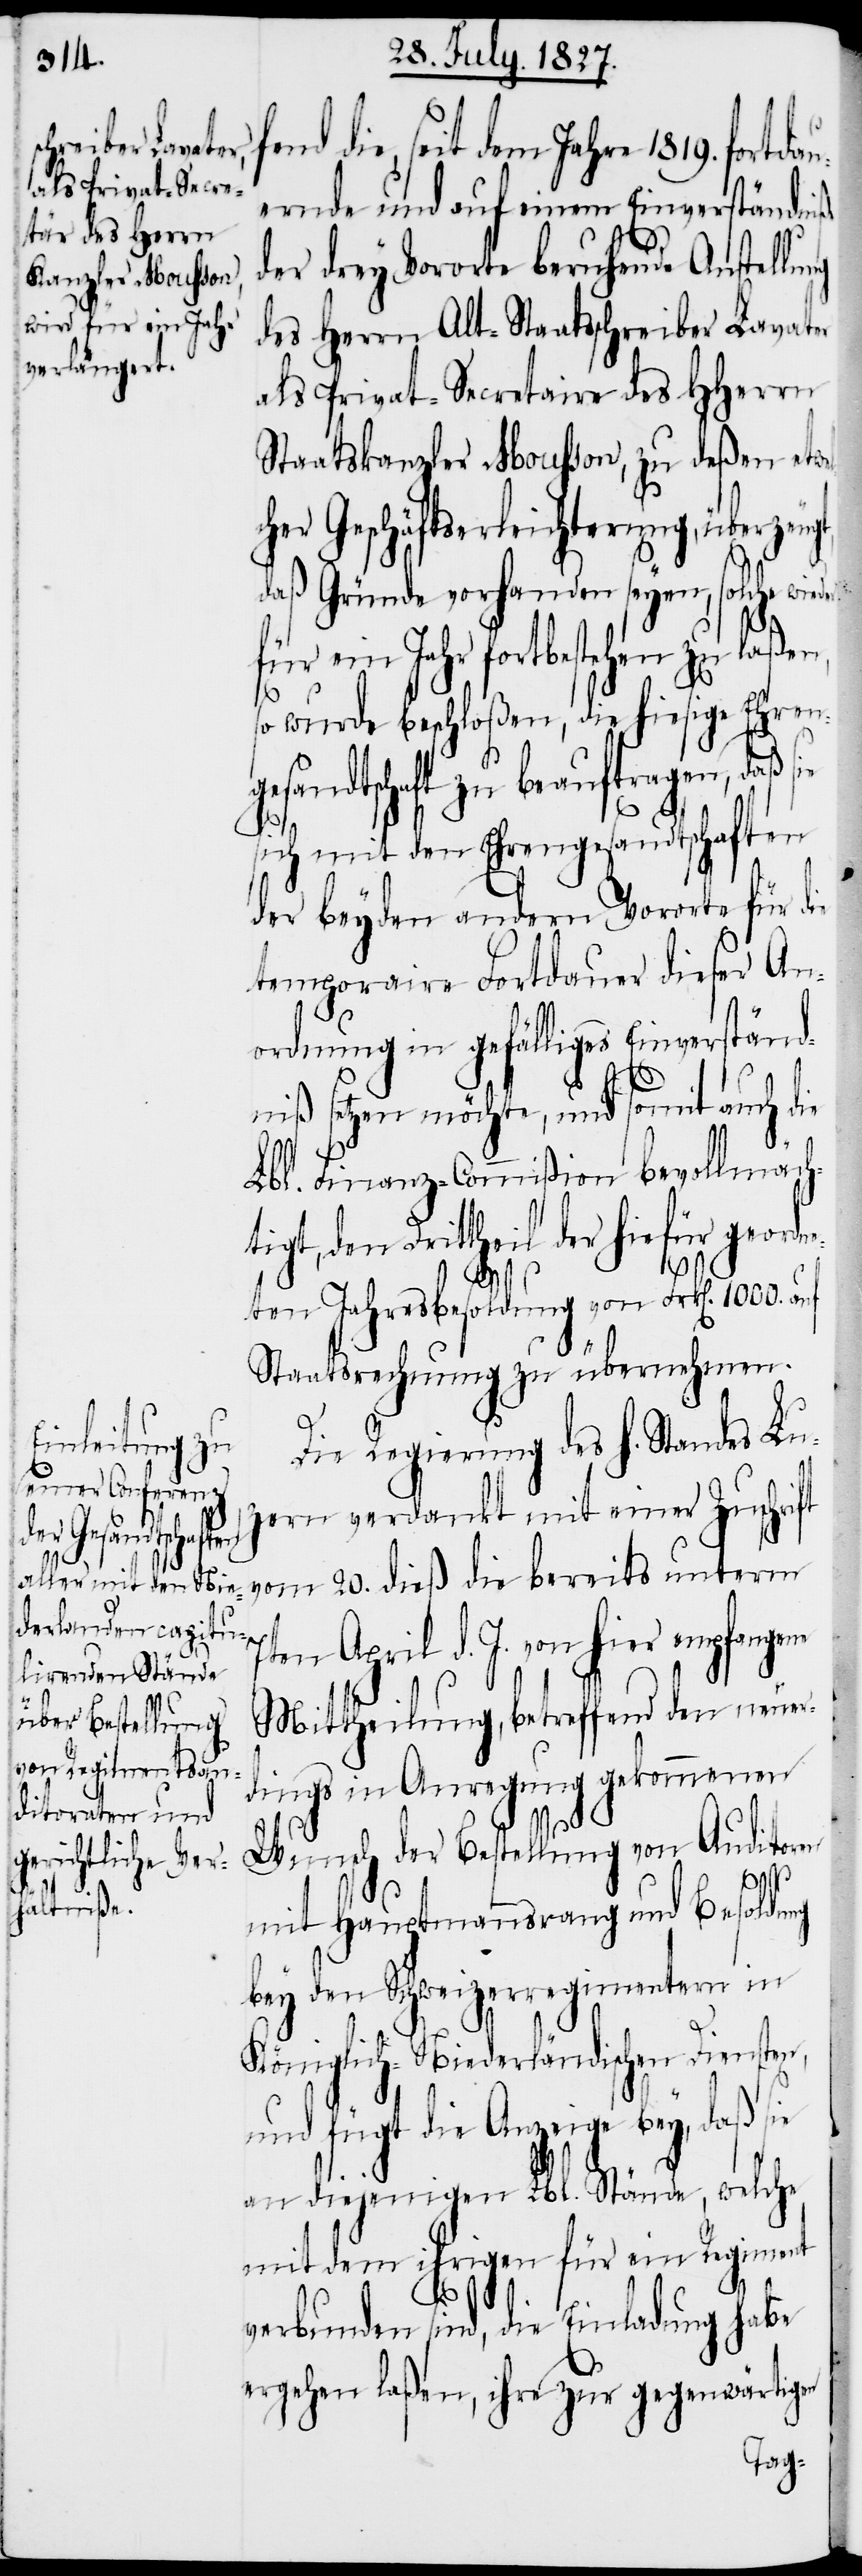
fend die, seit dem Jahre 1819. fortda¬
uernde und auf einem Einverständniß
der drey Vororte beruhende Anstellung
des Herrn Alt-Staatsschreiber Lavater
als Privat-Secretaire des HHerrn
Staatskanzler Mousson, zu deßen etwe¬
cher Geschäftserleichterung, überzeug¬
daß Gründe vorhanden seyen, solche wied¬
ein Jahr fortbestehen zu laße¬
so wurde beschloßen, die hiesige Ehren¬
andtschaft zu beauftragen, daß
sich mit den Ehrengesandtschaften
der beyden andern Vororte für die
temporaire Fortdauer dieser An¬
ordnung in gefälliges Einverständ¬
niß setzen möchte, und somit auch die
Lbl. Finanz-Commißion bevollmäch¬
tigt, den Drittheil der hiefür geor¬
dne¬
ten Jahresbesoldung von Frk[en]. 1000.
Staatsrechnung zu übernehmen.
n,
Die Regierung des h. Standes Lu¬
zern verdankt mit einer Zuschrift
vom 20. dieß die bereits unterm
7ten April d. J. von hier empfangen
Mittheilung, betreffend den neue¬
dings in Anregung gekommenen
Wunsch der Bestellung von Auditoren
mit Hauptmannsrang und Besoldung
bey den Schweizerregimentern in
r¬
Königlich-Niederländischen Diensten,
und fügt die Anzeige bey, daß sie
an diejenigen Lbl. Stände, welche
mit dem ihrigen für ein Regiment
verbunden sind, die Einladung habe
ergehen laßen, ihre zur gegenwärtigen